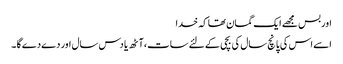
اور بس مجھے ایک گمان تھا کہ خدا
اسے اس کی پانچ سال کی بچی کے لئے سات ،آٹھ یا دس سال اور دے دے گا ۔